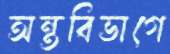
অন্তবিভাগে